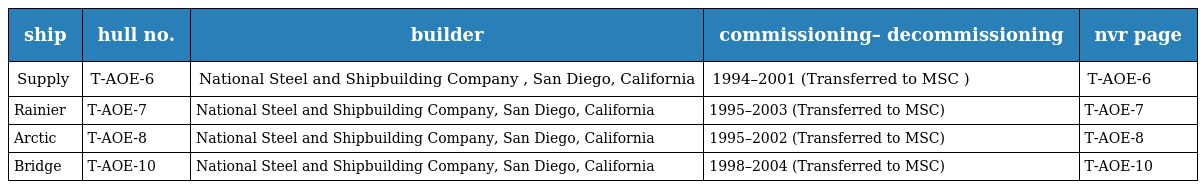
| ship | hull no. | builder | commissioning– decommissioning | nvr page |
 | --- | --- | --- | --- | --- |
 | Supply | T-AOE-6 | National Steel and Shipbuilding Company , San Diego, California | 1994–2001 (Transferred to MSC ) | T-AOE-6 |
 | Rainier | T-AOE-7 | National Steel and Shipbuilding Company, San Diego, California | 1995–2003 (Transferred to MSC) | T-AOE-7 |
 | Arctic | T-AOE-8 | National Steel and Shipbuilding Company, San Diego, California | 1995–2002 (Transferred to MSC) | T-AOE-8 |
 | Bridge | T-AOE-10 | National Steel and Shipbuilding Company, San Diego, California | 1998–2004 (Transferred to MSC) | T-AOE-10 |